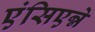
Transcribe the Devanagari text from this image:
एंसिएन्ने